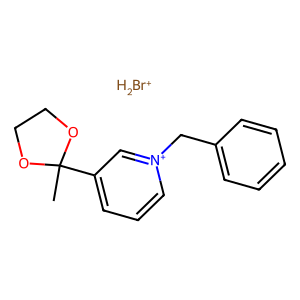
SMILES: CC1(c2ccc[n+](Cc3ccccc3)c2)OCCO1.[BrH2+]
Inhibits HIV replication: No